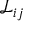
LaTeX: { \mathcal { L } } _ { i j }